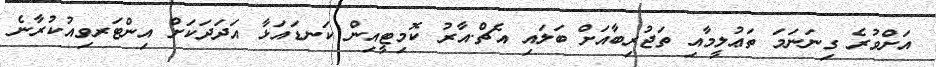
އަށްވުރެ ގިނަނަމަ ތަޢުލީމާއި ތަޖުރިބާއަށް ބަލައި އެޗް.އާރު ކޮމިޓީއިން ކަނޑައަޅާ އަދަދަކަށް އިންޓަރވިއުކުރާނެ